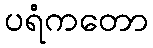
ပရံကတော